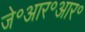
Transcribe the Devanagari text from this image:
जे॰आर॰आर॰